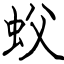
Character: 蚥